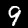
Digit: 9